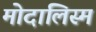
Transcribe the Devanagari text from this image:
मोदालिस्म